65_HS1-834228961_62-HQ-83894_Section_1
Agency: FBI
Page 84
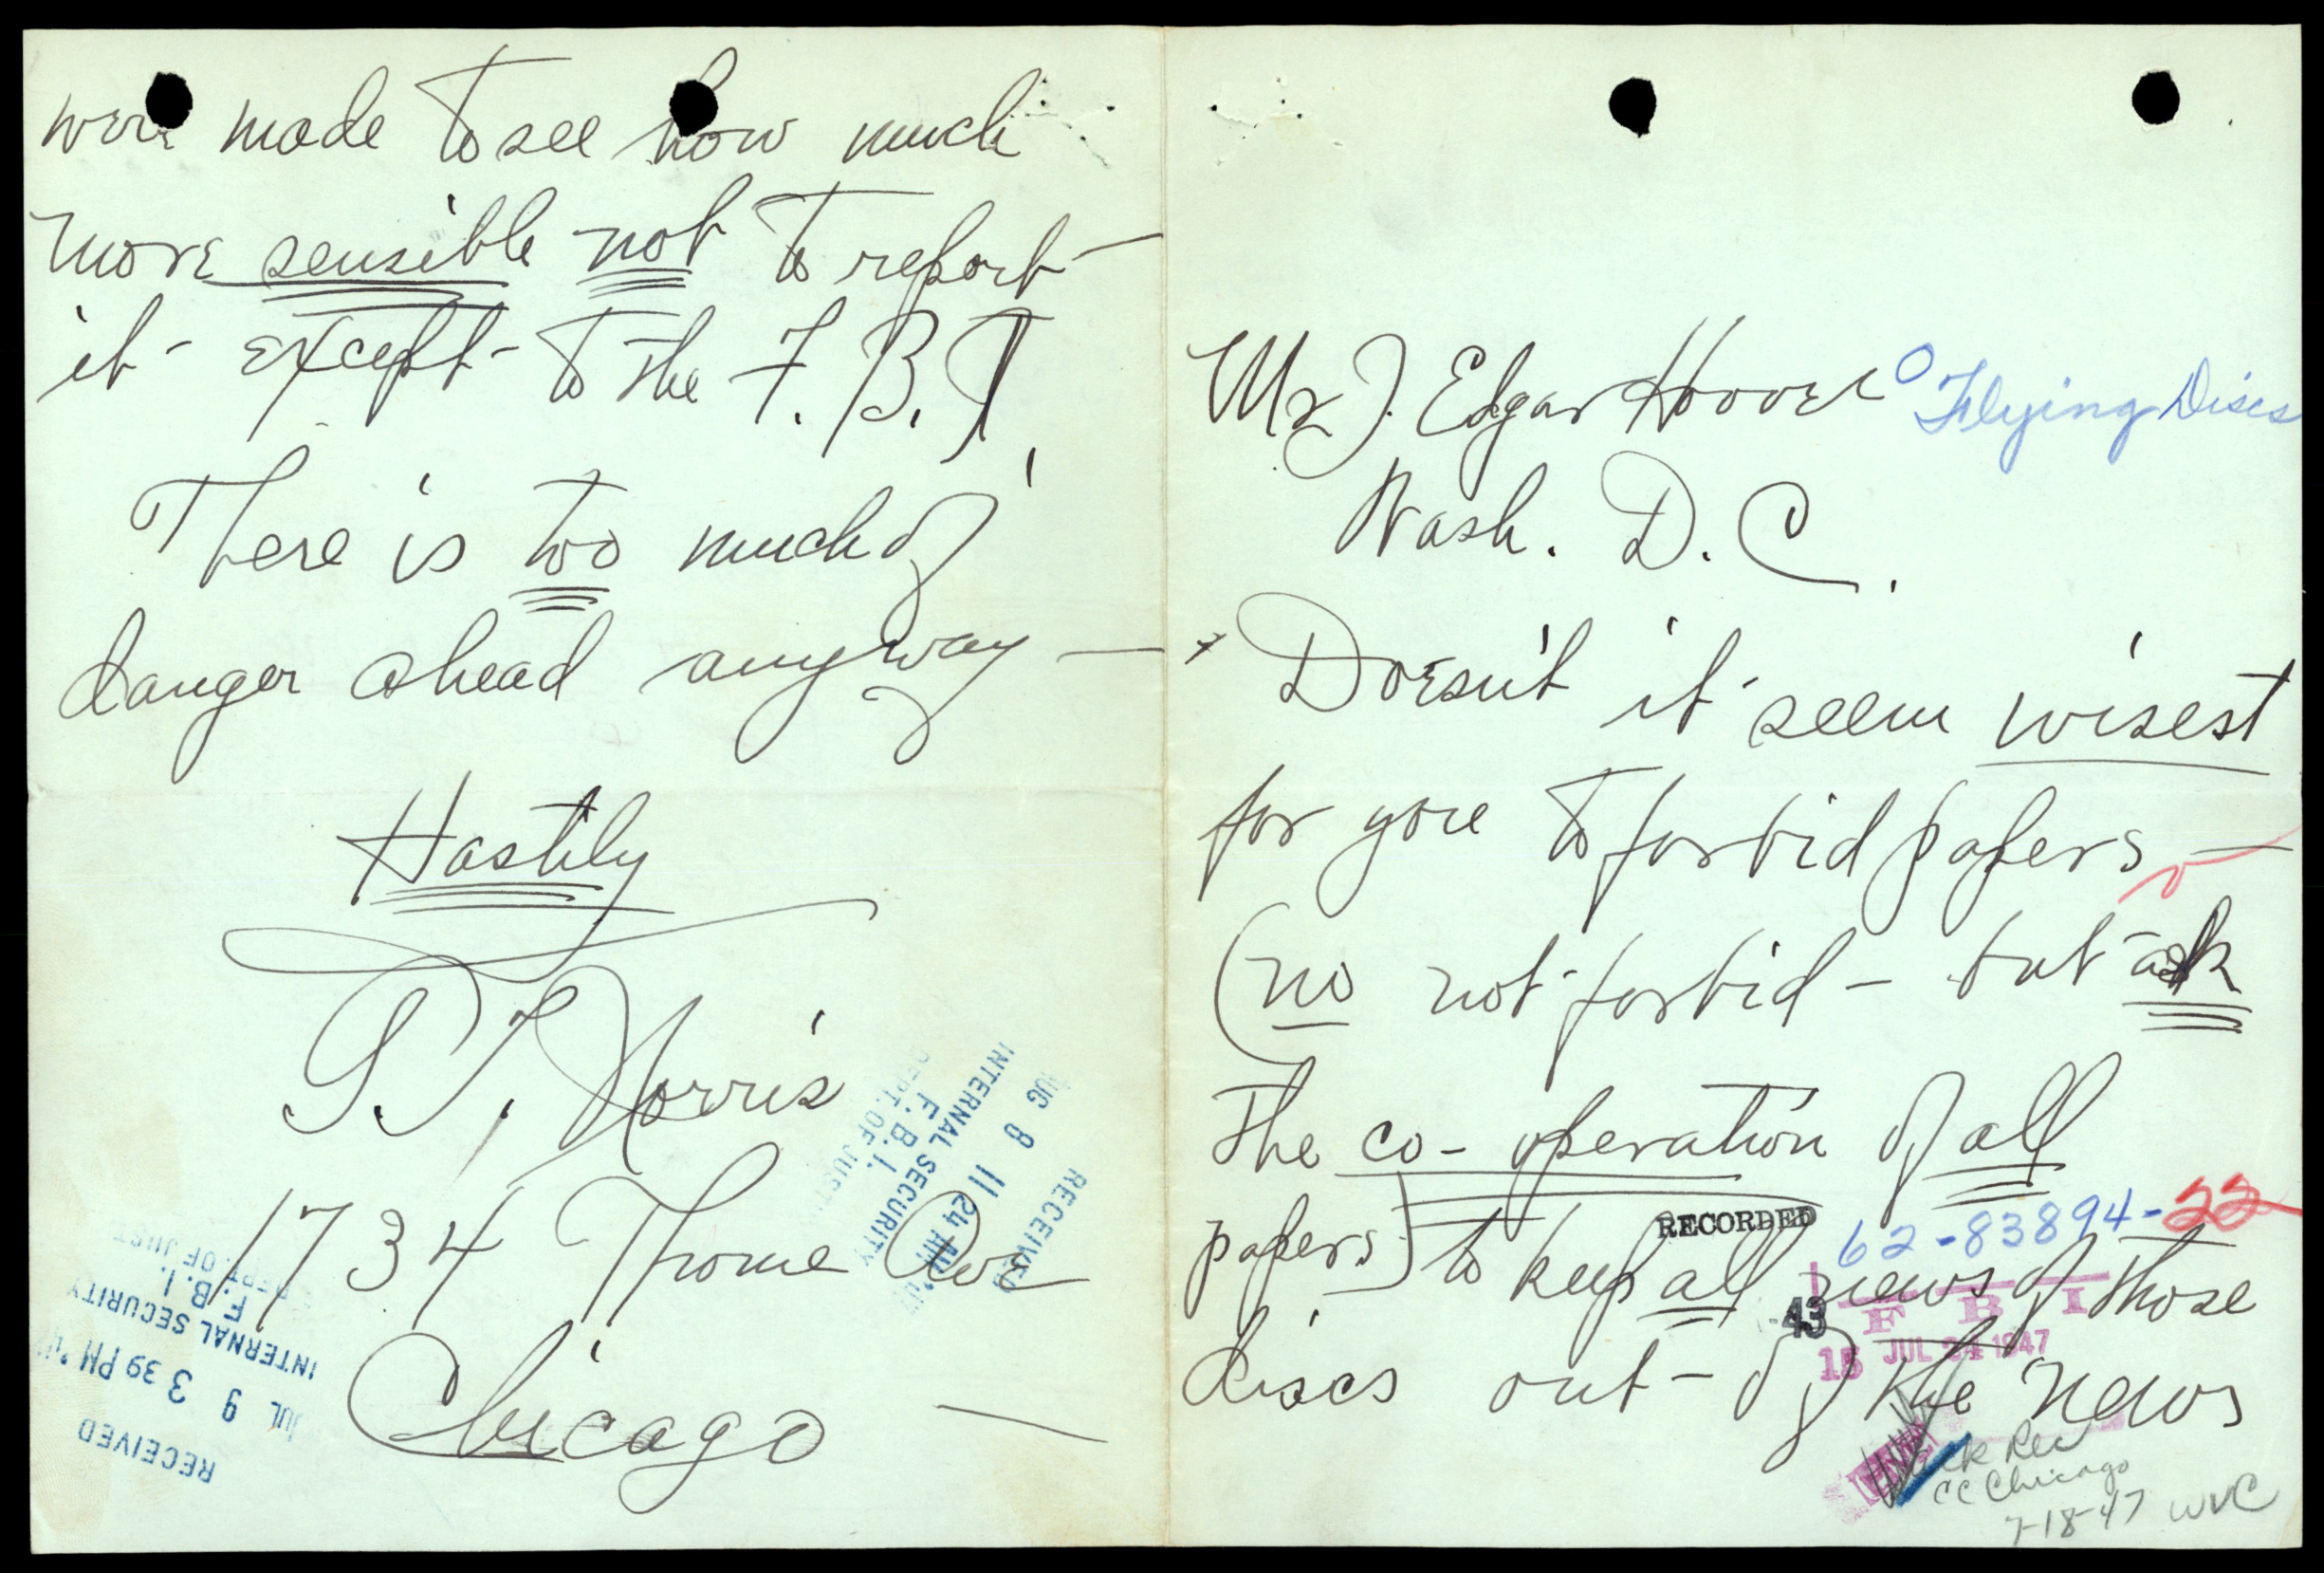